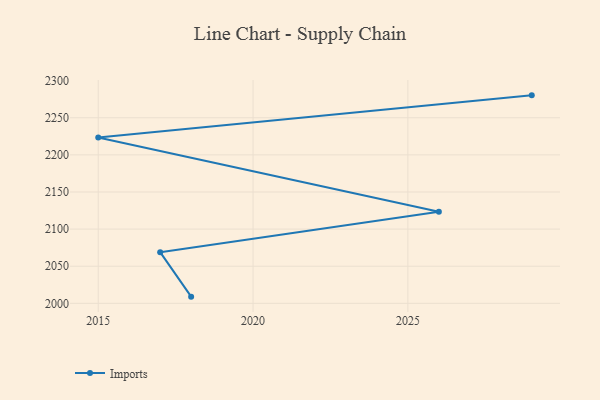
{"axis": {"x": "Year", "y": "Active Users"}, "legend": ["Imports"], "data": [{"x": "2018", "y": 2009.0, "type": "Imports"}, {"x": "2017", "y": 2068.9, "type": "Imports"}, {"x": "2026", "y": 2123.3, "type": "Imports"}, {"x": "2015", "y": 2223.5, "type": "Imports"}, {"x": "2029", "y": 2280.2, "type": "Imports"}]}